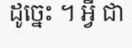
ដូច្នេះ ។ អ្វី ជា